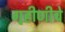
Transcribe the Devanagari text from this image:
गृहीणीचे